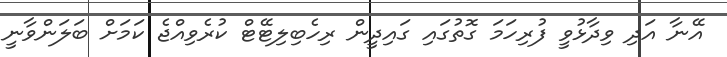
އޭނާ އަދި ވިދާޅުވީ ފުރިހަމަ ގޮތުގައި ގައިދީން ރިހެބިލިޓޭޓް ކުރެވިއްޖެ ކަމަށް ބަލަންވާނީ